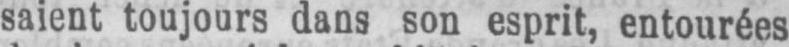
saient toujours dans son esprit, entourées